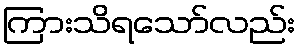
ကြားသိရသော်လည်း